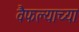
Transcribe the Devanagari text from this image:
वैफल्याच्या